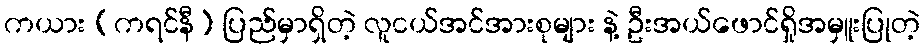
ကယား (ကရင်နီ) ပြည်မှာရှိတဲ့ လူငယ်အင်အားစုများ နဲ့ ဦးအယ်ဖောင်ရှိုအမှူးပြုတဲ့